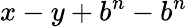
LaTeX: x-y+b^{n}-b^{n}